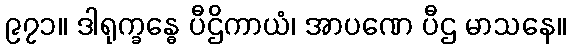
၉၇၁။ ဒါရုက္ခန္ဓေ ပီဌိကာယံ၊ အာပဏေ ပီဌ မာသနေ။